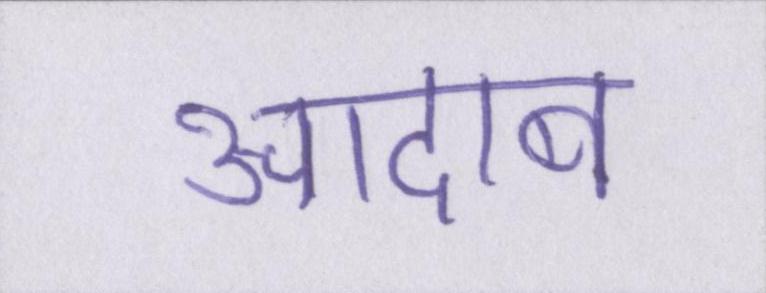
आदाब